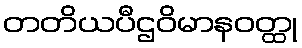
တတိယပီဌဝိမာနဝတ္ထု